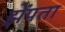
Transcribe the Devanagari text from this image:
झेंपता